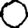
Digit: 0